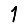
Digit: 1